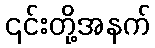
၎င်းတို့အနက်